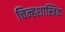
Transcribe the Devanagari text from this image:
चिन्हशास्त्रिक